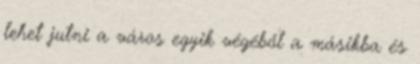
lehet jutni a város egyik végéből a másikba és